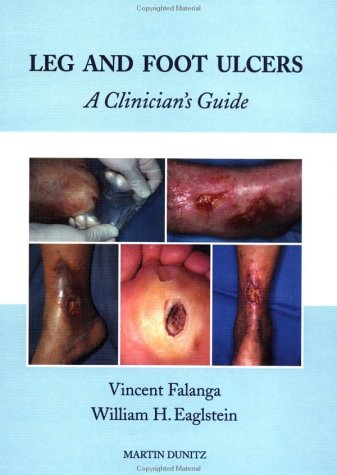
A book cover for Leg and Foot Ulcers: A Clinician's Guide; William H Eaglstein; Health, Fitness & Dieting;